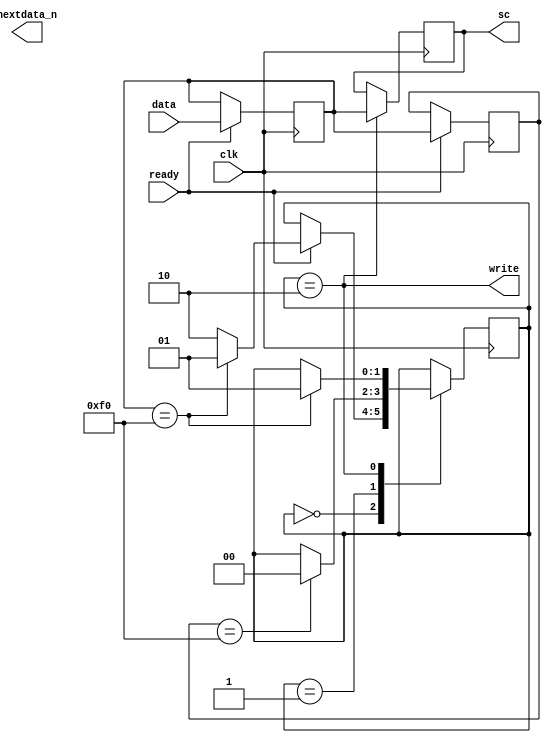
module keyboard_scan(input clk, input [7:0]data, input ready, 
	output reg nextdata_n, output reg [7:0] sc, output write);
	
	parameter st = 2'b0, f0 = 2'b01, w1 = 2'b10, sh = 2'b11;
	
	wire qf0, qf1, qf2;
	reg ctrl;
	reg [7:0]P1;
	reg [7:0]P0;
	reg [1:0]state;
	assign qf0 = (P0 == 8'hf0);
	assign qf1 = (P1 == 8'hf0);
	
	assign write = (state == w1);
	
	initial
	begin
		P1 = 0;P0 = 0;state = 0;sc = 0;
	end
	
	always @(posedge clk)
	begin
		if(ready)	
		begin
			P1 <= P0;
			P0 <= data;
		end
		
		case(state)
		st:begin
				if(ready)
				begin
					if(qf0)
						state <= f0;
					else //F0f0w1
						state <= w1;		
				end
			end
		f0:begin
				if(qf1)
					state <= st;
			end
		w1:begin
				sc <= P0;
				if(qf0)
					state <= f0;					
			end
		endcase
	end
	
endmodule